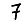
Digit: 7